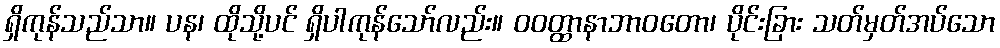
ရှိကုန်သည်သာ။ ပန၊ ထိုသို့ပင် ရှိပါကုန်သော်လည်း။ ဝဝတ္ထာနာဘာဝတော၊ ပိုင်းခြား သတ်မှတ်အပ်သော